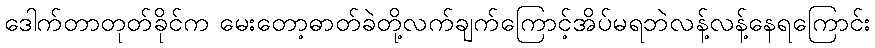
ဒေါက်တာတုတ်ခိုင်က မေးတော့ဓာတ်ခဲတို့လက်ချက်ကြောင့်အိပ်မရဘဲလန့်လန့်နေရကြောင်း